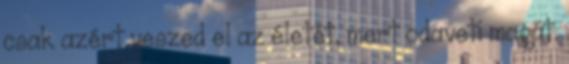
csak azért veszed el az életét, mert odaveti magát.